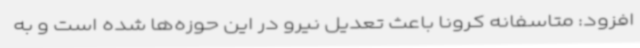
افزود: متاسفانه کرونا باعث تعدیل نیرو در این حوزه‌ها شده است و به